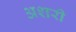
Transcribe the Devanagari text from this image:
अशरी